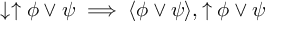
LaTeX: \downarrow \uparrow \phi \lor \psi \implies \langle \phi \lor \psi \rangle , \uparrow \phi \lor \psi